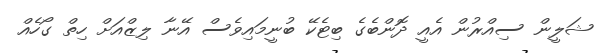
ޝަލީން ސިއްރުން އެއީ ދޮންބެގެ ބިޓެކޭ ބުނީމައިވެސް އޭނާ ލިޒްއަށް ހިތް ގޯހެއް